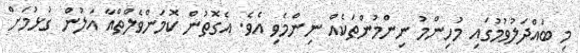
މި ބައްދަލުވުމުގައި މުހިންމު ނިންމުންތަކެއް ނިންމެވި އެވެ. އެގޮތުން ކޮމަންވެލްތްއާ އަލުން ގުޅުމަށް